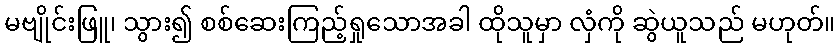
မဗျိုင်းဖြူ၊ သွား၍ စစ်ဆေးကြည့်ရှုသောအခါ ထိုသူမှာ လှံကို ဆွဲယူသည် မဟုတ်။